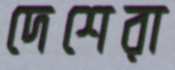
দেশেরা